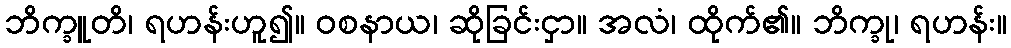
ဘိက္ခူတိ၊ ရဟန်းဟူ၍။ ဝစနာယ၊ ဆိုခြင်းငှာ။ အလံ၊ ထိုက်၏။ ဘိက္ခု၊ ရဟန်း။